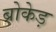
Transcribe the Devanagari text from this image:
ब्रोकेड़